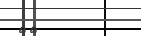
٤٥